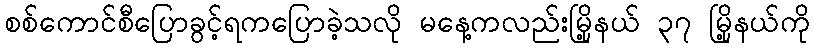
စစ်ကောင်စီပြောခွင့်ရကပြောခဲ့သလို မနေ့ကလည်းမြို့နယ် ၃၇ မြို့နယ်ကို